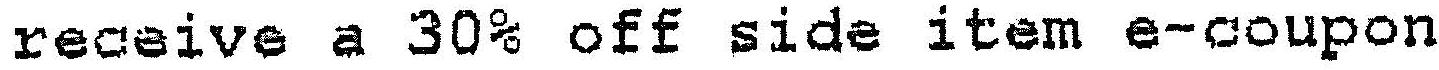
RECEIVE A 30% OFF SIDE ITEM E-COUPON